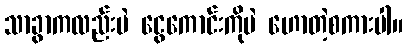
သာခွာကလည်းပဲ ငွေကောင်းကိုပဲ ဟောတဲ့စကားပါ။